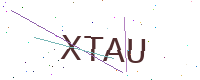
Text: XTAU